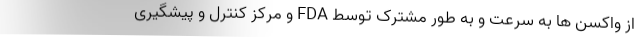
از واکسن ها به سرعت و به طور مشترک توسط FDA و مرکز کنترل و پیشگیری